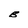
Character: B